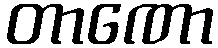
တာဏော